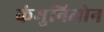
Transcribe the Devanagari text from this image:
कंमुनिओन